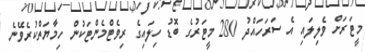
މީޓަރަށް ވެލިލައި އެ ސަރަހައްދު 280 މީޓަރުގެ ބޮޑު ހިލައިގެ ރިވެޓްމެންޓަކުން ހިމާޔަތްކުރެވޭނެ